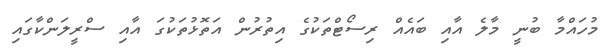
މުހައްމާ ބުނީ މާލެ އާއި ބައެއް ރިސޯޓްތަކުގެ އިތުރުން އަތޮޅުތަކުގަ އާއި ސްރީލަންކާގައި